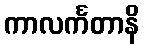
ကာလင်္ကတာနိ